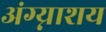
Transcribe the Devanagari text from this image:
अंग्न्याशय